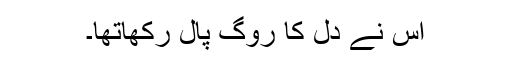
اس نے دل کا روگ پال رکھاتھا۔